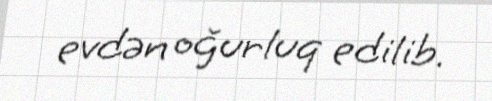
evdən oğurluq edilib.